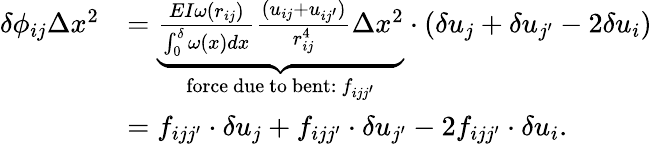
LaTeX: \begin{array}{rl}{\delta\phi_{ij}\Delta x^{2}}&{=\underbrace{\frac{EI\omega(r_{ij})}{\int_{0}^{\delta}\omega(x)dx}\frac{(u_{ij}+u_{ij^{\prime}})}{r_{ij}^{4}}\Delta x^{2}}_{\mathrm{force~due~to~bent:~}f_{ijj^{\prime}}}\cdot(\delta u_{j}+\delta u_{j^{\prime}}-2\delta u_{i})}\\ &{=f_{ijj^{\prime}}\cdot\delta u_{j}+f_{ijj^{\prime}}\cdot\delta u_{j^{\prime}}-2f_{ijj^{\prime}}\cdot\delta u_{i}.}\end{array}